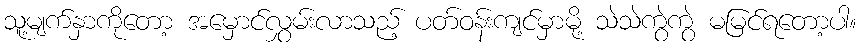
သူ့မျက်နှာကိုတော့ အမှောင်လွှမ်းလာသည့် ပတ်ဝန်းကျင်မှာမို့ သဲသဲကွဲကွဲ မမြင်ရတော့ပါ။